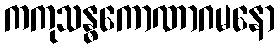
ကကုသန္ဓကောဏာဂမနော